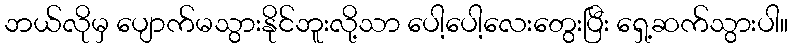
ဘယ်လိုမှ ပျောက်မသွားနိုင်ဘူးလို့သာ ပေါ့ပေါ့လေးတွေးပြီး ရှေ့ဆက်သွားပါ။